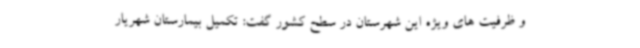
و ظرفیت های ویژه این شهرستان در سطح کشور گفت: تکمیل بیمارستان شهریار